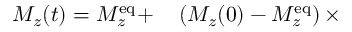
\begin{array} { r l } { M _ { z } ( t ) = M _ { z } ^ { \mathrm { e q } } + } & { { } \left( M _ { z } ( 0 ) - M _ { z } ^ { \mathrm { e q } } \right) \times } \end{array}